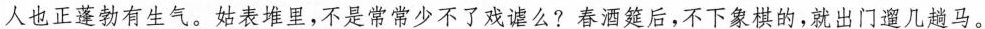
人也正蓬勃有生气。姑表堆里,不是常常少不了戏谑么? 春酒筵后,不下象棋的,就出门遛几趟马。